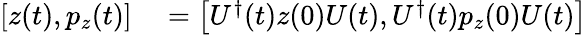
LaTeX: \begin{array}{rl}{\left[z(t),p_{z}(t)\right]}&{{}=\left[U^{\dagger}(t)z(0)U(t),U^{\dagger}(t)p_{z}(0)U(t)\right]}\end{array}